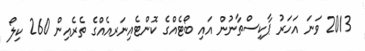
2013 ވަނަ އަހަރު ޕާކިސްތާނުން އައި ބޯޓެއްގެ ކޮންޓެއިނަރއެއްގެ ތެރެއިން 260 ކިލޯ